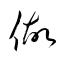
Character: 做